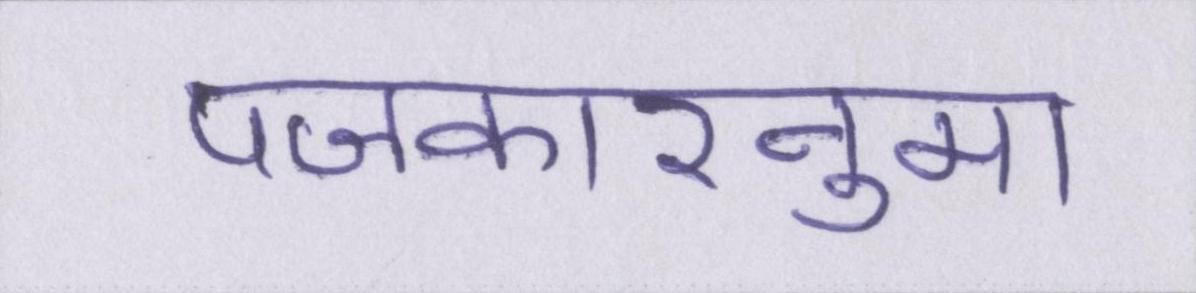
पॼकारनुमा